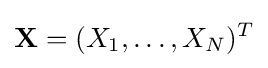
\mathbf {X} =(X_{1},\ldots ,X_{N})^{T}